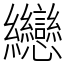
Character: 纞